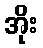
အိုး